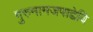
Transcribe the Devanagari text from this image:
गुरुनामजपाद्देवि